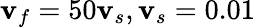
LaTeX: \mathbf{v}_{f}=50\mathbf{v}_{s},\mathbf{v}_{s}=0.01